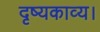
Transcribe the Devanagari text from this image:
दृष्यकाव्य।